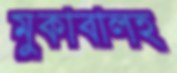
মুকাবালহ